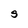
Character: S